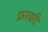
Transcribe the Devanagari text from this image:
फ्ररवरी